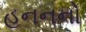
હનનનો